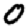
Digit: 0